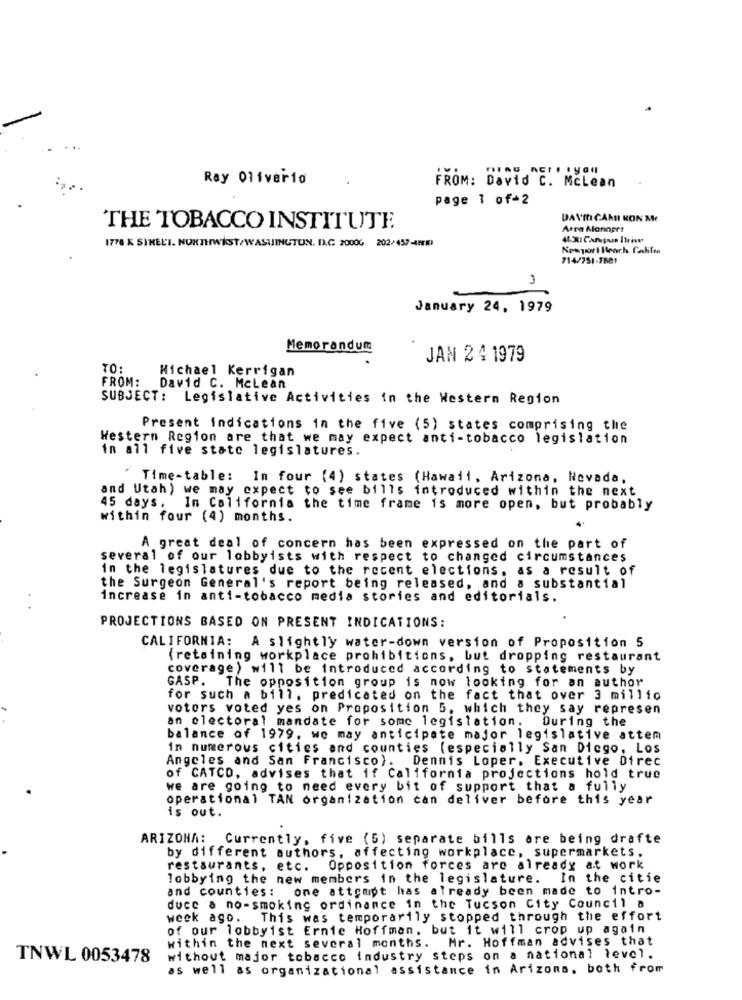
Ray Oliverio
FROM: David C. Mclean
page 1 of-2
DAVII CARE KON Me
THE TOBACCO INSTITUTE
Arra Manners
1778 K SIRELI. NORTHWEST/WASHINGTON. IX.C 20006 202/457-42010
Newport Beach Calife
714/751-5881
3
January 24, 1979
Memorandum
JAN 2 4 1979
TO:
Michael Kerrigan
FROM:
David C. Mclean
SUBJECT: Legislative Activities in the Western Region
Present indications in the five (5) states comprising the
Western Region are that we may expect anti-tobacco legislation
in all five state legislatures.
· Time-table: In four (4) states (Hawaii, Arizona, Nevada,
and Utah) we may expect to see bills introduced within the next
45 days.
In California the time frame is more open, but probably
within four (4) months.
A great deal of concern has been expressed on the part of
several of our lobbyists with respect to changed circumstances
in the legislatures due to the recent elections. as a result of
the Surgeon General's report being released, and a substantial
increase in anti-tobacco media stories and editorials.
PROJECTIONS BASED ON PRESENT INDICATIONS:
CALIFORNIA: A slightly water-down version of Proposition 5
(retaining workplace prohibitions, but dropping restaurant
coverage) will be introduced according to statements by
GASP. The opposition group is now looking for an author
for such a bill. predicated on the fact that over 3 millio
votors voted yes on Proposition 5, which they say represen
an electoral mandate for some legislation.
During the
balance of 1979. we may anticipate major legislative attem
in numerous cities and counties (especially San Diego, Los
Angeles and San Francisco). Dennis Loper. Executive Direc
of CATCO, advises that if California projections hold true
we are going to need every bit of support that a fully
operational TAN organization can deliver before this year
is out.
ARIZONA: Currently, five (5) separate bills are being drafte
by different authors, affecting workplace, supermarkets.
restaurants, etc. Opposition forces are already at work
lobbying the new members in the legislature. In the citie
and counties: one attempt has already been made to intro-
duce a no-smoking ordinance in the Tucson City Council a
week ago. This was temporarily stopped through the effort
of our lobbyist Ernie Hoffman, but it will crop up again
within the next several months. Mr. Hoffman advises that
TNWL 0053478
without major tobacco industry steps on a national level.
as well as organizational assistance in Arizona. both from